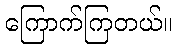
ကြောက်ကြတယ်။